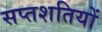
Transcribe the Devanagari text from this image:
सप्तशतियों